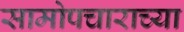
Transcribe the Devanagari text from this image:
सामोपचाराच्या